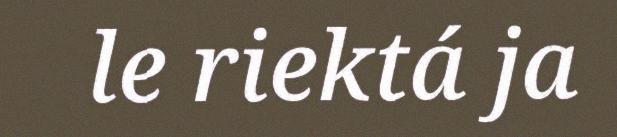
le riektá ja